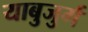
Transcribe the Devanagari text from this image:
याबुजुर्ग